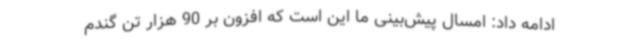
ادامه داد: امسال پیش‌بینی ما این است که افزون بر 90 هزار تن گندم